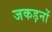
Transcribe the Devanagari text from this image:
जकड़नों